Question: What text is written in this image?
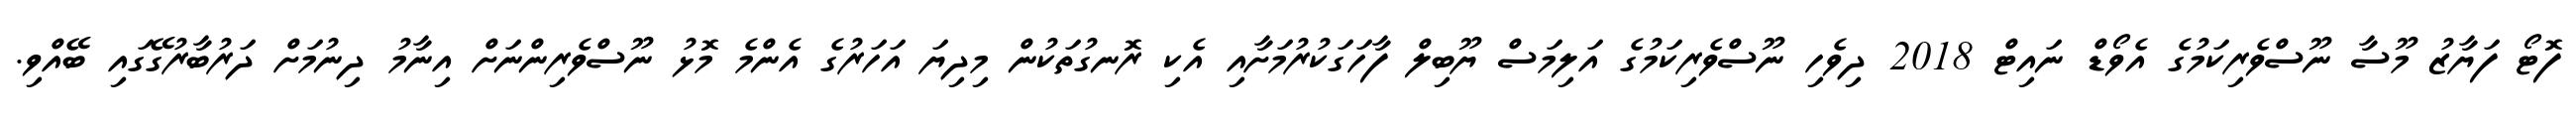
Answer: ފޮޓޯ ފަޔާޒު މޫސާ ނޫސްވެރިކަމުގެ އެވޯޑް ނައިޓް 2018 ދިވެހި ނޫސްވެރިކަމުގެ އަލިމަސް ޔޫބިލް ފާހަގަކުރުމަށާއި އެކި ރޮނގުތަކުން މިދިޔަ އަހަރުގެ އެންމެ މޮޅު ނޫސްވެރިންނަށް އިނާމު ދިނުމަށް ދަރުބާރުގޭގައި ބޭއްވި.